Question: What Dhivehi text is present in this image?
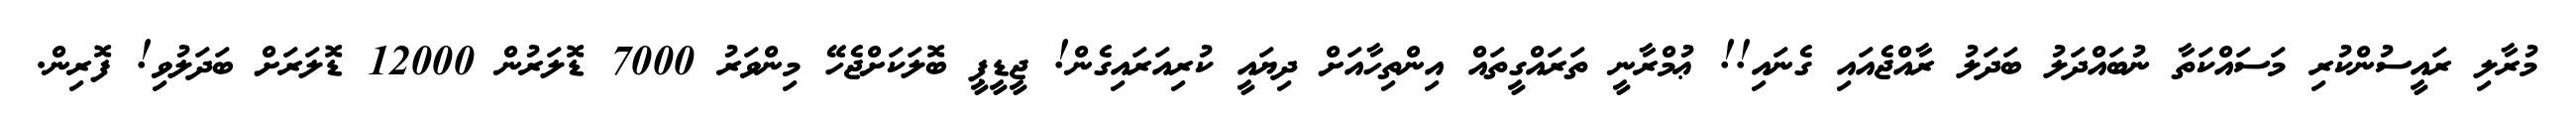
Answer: މުރާލި ރައީސުންކުރި މަސައްކަތާ ނުބައްދަލު ބަދަލު ރާއްޖެއައި ގެނައި!! ޢުމްރާނީ ތަރައްގީތައް އިންތިހާއަށް ދިޔައީ ކުރިއަރައިގެން! ޖީޑީޕީ ބޮލަކަށްޖެހޭ މިންވަރު 7000 ޑޮލަރުން 12000 ޑޮލަރަށް ބަދަލުވި! ފޮރިން.